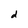
Character: d